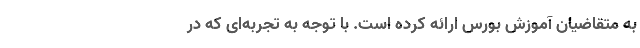
به متقاضیان آموزش بورس ارائه کرده است. با توجه به تجربه‌ای که در